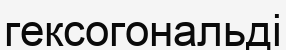
гексогональді